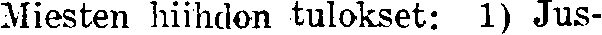
Miesten hiihdon tulokset: 1) Jus-